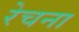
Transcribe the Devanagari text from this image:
रेचना